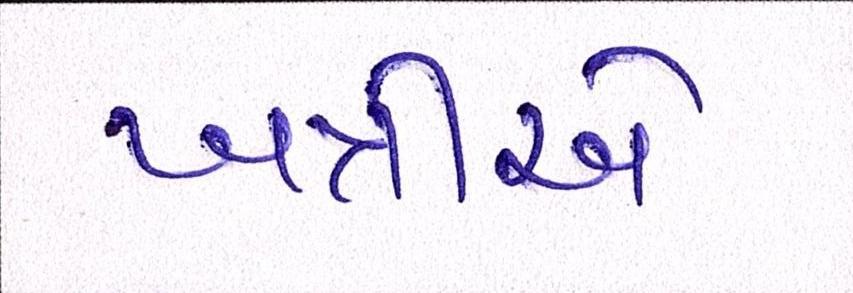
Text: ખત્રીએ